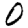
Digit: 0